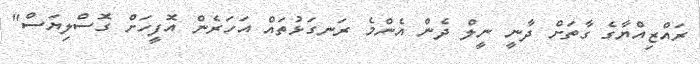
ރައްޒިއްޔާގެ ގާތަށް ދާނީ ނީލް ދެން އެންމެ ރަނގަޅުތައް އަހަރެން އޮފީހަށް ގޮސްލިޔަސް"